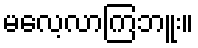
မလေ့လာကြဘူး။